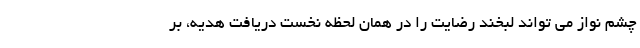
چشم نواز می تواند لبخند رضایت را در همان لحظه نخست دریافت هدیه، بر